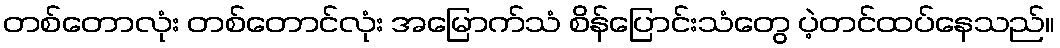
တစ်တောလုံး တစ်တောင်လုံး အမြောက်သံ စိန်ပြောင်းသံတွေ ပဲ့တင်ထပ်နေသည်။